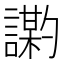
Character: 𫍍